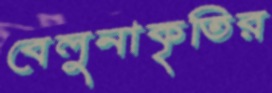
বেলুনাকৃতির